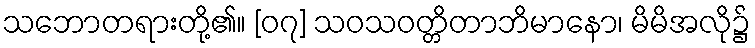
သဘောတရားတို့၏။ [၀၇] သဝသဝတ္တိတာဘိမာနော၊ မိမိအလို၌